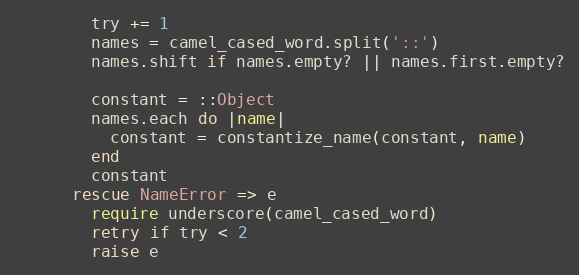
Language: Ruby
        try += 1
        names = camel_cased_word.split('::')
        names.shift if names.empty? || names.first.empty?

        constant = ::Object
        names.each do |name|
          constant = constantize_name(constant, name)
        end
        constant
      rescue NameError => e
        require underscore(camel_cased_word)
        retry if try < 2
        raise e